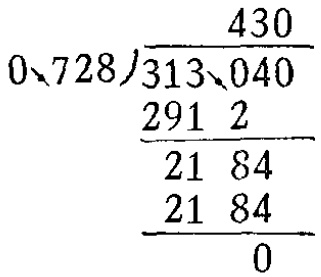
\[
\begin{array}{r}
430 \\[-3pt]
0.728\enclose{longdiv}{313.040} \\[-3pt]
\underline{291\ 2} \\[-3pt]
21\ 84 \\[-3pt]
\underline{21\ 84} \\[-3pt]
0
\end{array}
\]